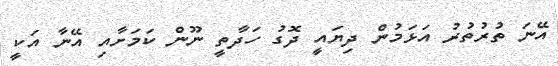
އޭނަ ތުރުތުރު އަޅަމުން ދިޔައީ ދޮގު ހަދާތީ ނޫން ކަމަށާއި އޭނާ އަކީ